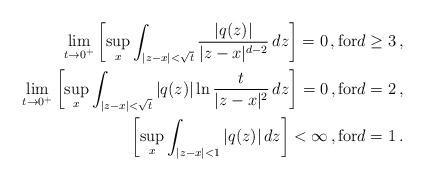
\begin{align*}\lim_{t\to 0^+} \left[\sup_{x} \int_{|z-x|< \sqrt{t}} \frac{|q(z)|}{|z-x|^{d-2}}\,dz\right]=0\,, \mbox{for}d\geq 3\,, \\\lim_{t\to 0^+} \left[\sup_{x} \int_{|z-x|< \sqrt{t}} |q(z)|\ln \frac{t}{|z-x|^2}\,dz\right]=0\,, \mbox{for}d= 2\,, \\\left[\sup_{x} \int_{|z-x|< 1} |q(z)|\,dz\right]<\infty\,, \mbox{for}d= 1\,. \end{align*}